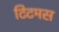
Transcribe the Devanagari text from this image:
टिटमस